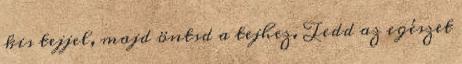
kis tejjel, majd öntsd a tejhez. Tedd az egészet